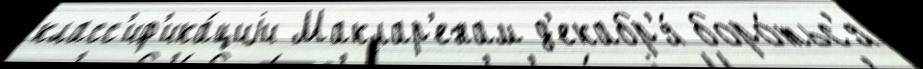
класс'иф'ика́циjи Маклар'енам д'екабр'я́ боро́тьс'я